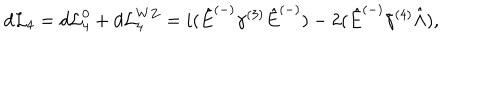
d { \cal L } _ { 4 } = d { \cal L } _ { 4 } ^ { 0 } + d { \cal L } _ { 4 } ^ { W Z } = i ( \hat { E } ^ { ( - ) } \gamma ^ { ( 3 ) } \hat { E } ^ { ( - ) } ) - 2 ( \hat { E } ^ { ( - ) } \tilde { \gamma } ^ { ( 4 ) } \hat { \Lambda } ) ,